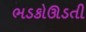
ભડકોઊડતી